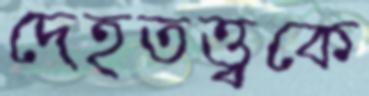
দেহতত্ত্বকে